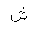
Letter: _shin